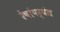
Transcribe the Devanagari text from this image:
रेषांपर्यंत